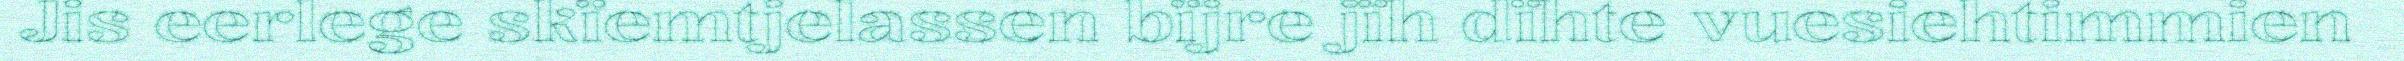
Jis eerlege skïemtjelassen bïjre jïh dïhte vuesiehtimmien